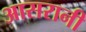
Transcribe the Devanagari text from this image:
आसरानी